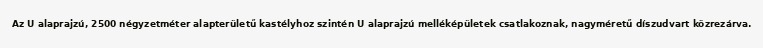
Az U alaprajzú, 2500 négyzetméter alapterületű kastélyhoz szintén U alaprajzú melléképületek csatlakoznak, nagyméretű díszudvart közrezárva.